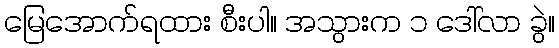
မြေအောက်ရထား စီးပါ။ အသွားက ၁ ဒေါ်လာ ခွဲ။